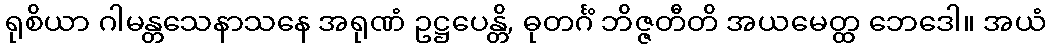
ရုစိယာ ဂါမန္တသေနာသနေ အရုဏံ ဥဋ္ဌပေန္တိ, ဓုတင်္ဂံ ဘိဇ္ဇတီတိ အယမေတ္ထ ဘေဒေါ။ အယံ